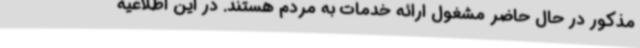
مذکور در حال حاضر مشغول ارائه خدمات به مردم هستند. در این اطلاعیه